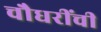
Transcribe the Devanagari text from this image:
चौधरींची